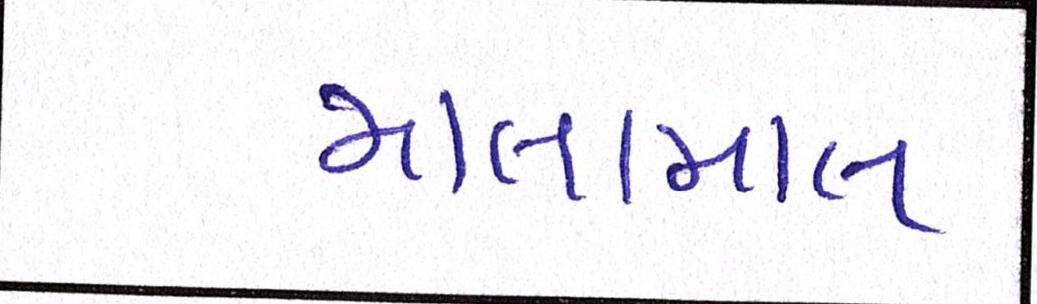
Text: માલામાલ